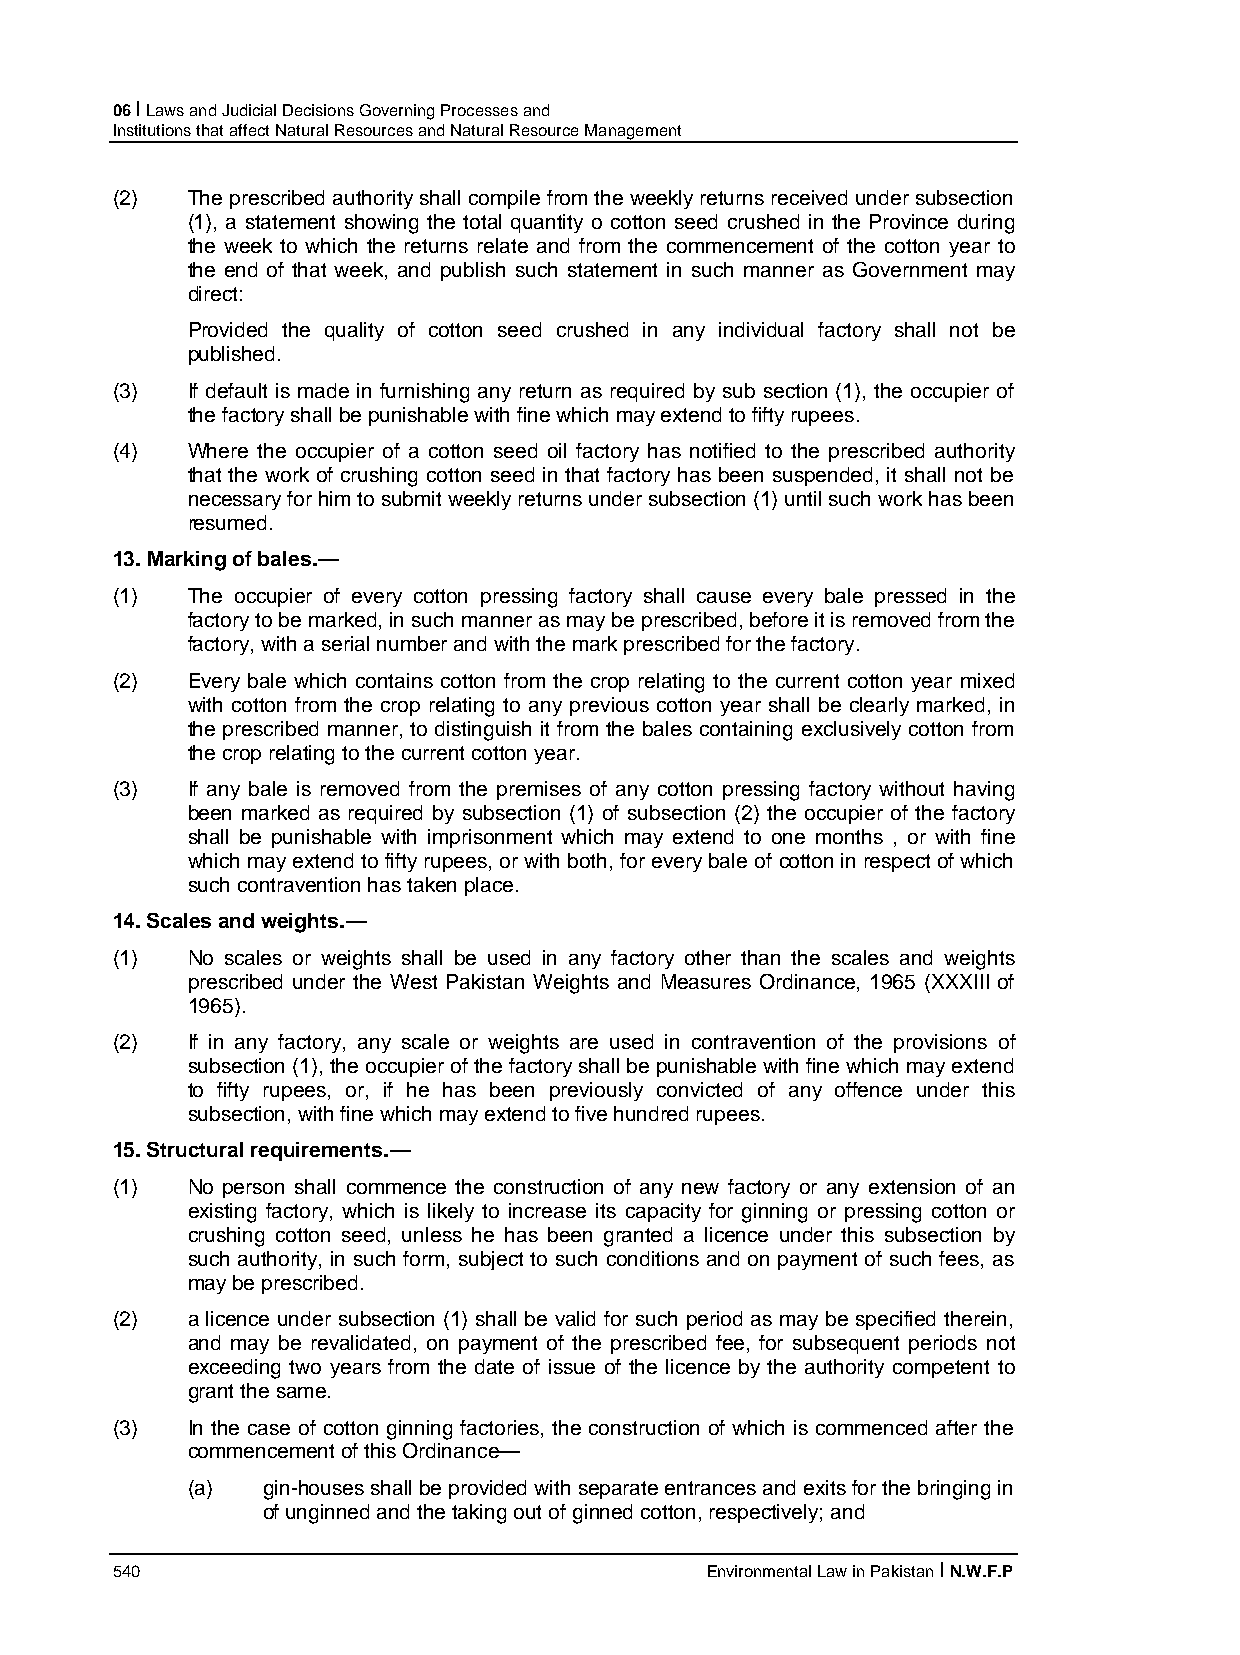
06 I Laws and Judicial Decisions Governing Processes and
 Institutions that affect Natural Resources and Natural Resource Management
 (2)  The prescribed authority shall compile from the weekly returns received under subsection
 (1), a statement showing the total quantity o cotton seed crushed in the Province during
 the week to which the returns relate and from the commencement of the cotton year to
 the end of that week, and publish such statement in such manner as Government may
 direct:
 Provided the quality of cotton seed crushed in any individual factory shall not be
 published.
 (3)  If default is made in furnishing any return as required by sub section (1), the occupier of
 the factory shall be punishable with fine which may extend to fifty rupees.
 (4)  Where the occupier of a cotton seed oil factory has notified to the prescribed authority
 that the work of crushing cotton seed in that factory has been suspended, it shall not be
 necessary for him to submit weekly returns under subsection (1) until such work has been
 resumed.
 13. Marking of bales.—
 (1)  The occupier of every cotton pressing factory shall cause every bale pressed in the
 factory to be marked, in such manner as may be prescribed, before it is removed from the
 factory, with a serial number and with the mark prescribed for the factory.
 (2)  Every bale which contains cotton from the crop relating to the current cotton year mixed
 with cotton from the crop relating to any previous cotton year shall be clearly marked, in
 the prescribed manner, to distinguish it from the bales containing exclusively cotton from
 the crop relating to the current cotton year.
 (3)  If any bale is removed from the premises of any cotton pressing factory without having
 been marked as required by subsection (1) of subsection (2) the occupier of the factory
 shall be punishable with imprisonment which may extend to one months , or with fine
 which may extend to fifty rupees, or with both, for every bale of cotton in respect of which
 such contravention has taken place.
 14. Scales and weights.—
 (1)  No scales or weights shall be used in any factory other than the scales and weights
 prescribed under the West Pakistan Weights and Measures Ordinance, 1965 (XXXIII of
 1965).
 (2)  If in any factory, any scale or weights are used in contravention of the provisions of
 subsection (1), the occupier of the factory shall be punishable with fine which may extend
 to fifty rupees, or, if he has been previously convicted of any offence under this
 subsection, with fine which may extend to five hundred rupees.
 15. Structural requirements.—
 (1)  No person shall commence the construction of any new factory or any extension of an
 existing factory, which is likely to increase its capacity for ginning or pressing cotton or
 crushing cotton seed, unless he has been granted a licence under this subsection by
 such authority, in such form, subject to such conditions and on payment of such fees, as
 may be prescribed.
 (2)  a licence under subsection (1) shall be valid for such period as may be specified therein,
 and may be revalidated, on payment of the prescribed fee, for subsequent periods not
 exceeding two years from the date of issue of the licence by the authority competent to
 grant the same.
 (3)  In the case of cotton ginning factories, the construction of which is commenced after the
 commencement of this Ordinance—
 (a)  gin-houses shall be provided with separate entrances and exits for the bringing in
 of unginned and the taking out of ginned cotton, respectively; and
 540                                     Environmental Law in Pakistan I N.W.F.P